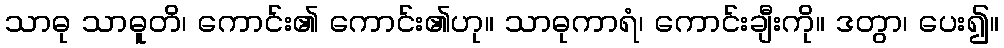
သာဓု သာဓူတိ၊ ကောင်း၏ ကောင်း၏ဟု။ သာဓုကာရံ၊ ကောင်းချီးကို။ ဒတွာ၊ ပေး၍။